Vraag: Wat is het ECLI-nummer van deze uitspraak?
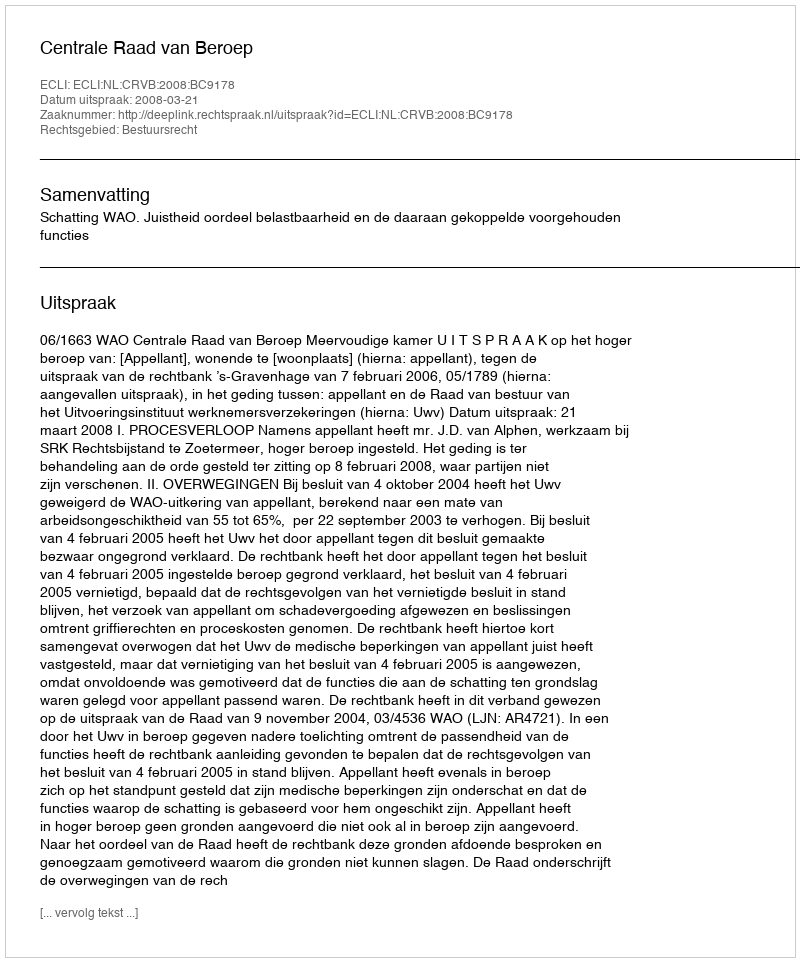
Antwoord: ECLI:NL:CRVB:2008:BC9178